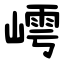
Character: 嶀